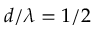
d / \lambda = 1 / 2